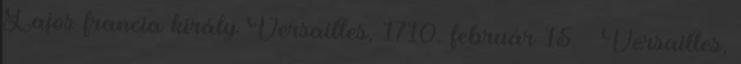
Lajos francia király Versailles, 1710. február 15. – Versailles,